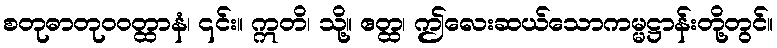
စတုဓာတုဝဝတ္ထာနံ၊ ၎င်း။ ဣတိ၊ သို့။ ဧတ္ထ၊ ဤလေးဆယ်သောကမ္မဋ္ဌာန်းတို့တွင်။